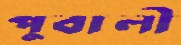
পুবালী